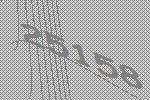
25158